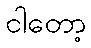
ငါတော့